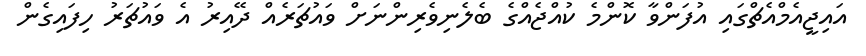
އައިޖީއެމްއެޗްގައި އުފަންވާ ކޮންމެ ކުއްޖެއްގެ ބެލެނިވެރިންނަށް ވައުޗަރެއް ދޭއިރު އެ ވައުޗަރު ހިފައިގެން